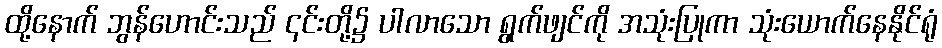
ထို့နောက် ဘွန်ဟောင်းသည် ၎င်းတို့၌ ပါလာသော ရွက်ဖျင်ကို အသုံးပြုကာ သုံးယောက်နေနိုင်ရုံ